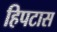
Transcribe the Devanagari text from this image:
हिपटास